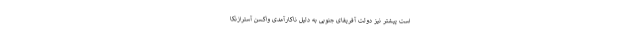
است پیشتر نیز دولت آفریقای جنوبی به دلیل ناکارآمدی واکسن آسترازنکا